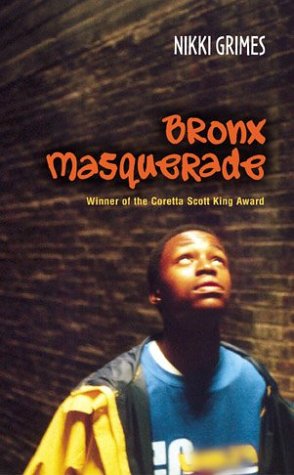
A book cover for Bronx Masquerade; Nikki Grimes; Teen & Young Adult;